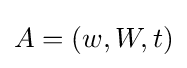
A=(w,W,t)